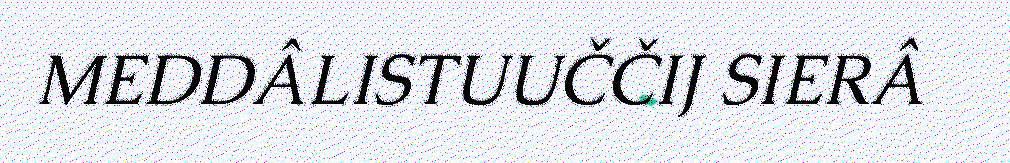
MEDDÂLISTUUČČIJ SIERÂ